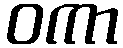
ဝကာ